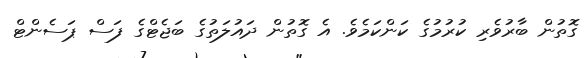
ގޮތުން ބާރުވެރި ކުރުމުގެ ކަންކަމެވެ. އެ ގޮތުން ދައުލަތުގެ ބަޖެޓްގެ ފަސް ޕަސެންޓް